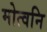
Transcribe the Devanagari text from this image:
मोत्वनि